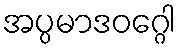
အပ္ပမာဒဝဂ္ဂေါ